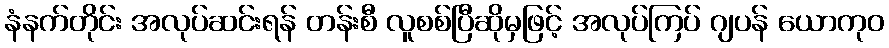
နံနက်တိုင်း အလုပ်ဆင်းရန် တန်းစီ လူစစ်ပြီဆိုမှဖြင့် အလုပ်ကြပ် ဂျပန် ယောကုဝ